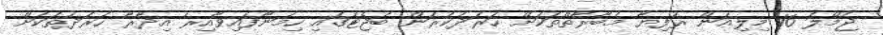
ޖުމްލަ 16 މިލިއަން ރުފިޔާ މުބާރާތްތަކަށް ހަރަދުކުރަން ބަޖެޓުގައި ހިމަނާފައިވާއިރު އިދާރާ ހަރަދުތަކަށް